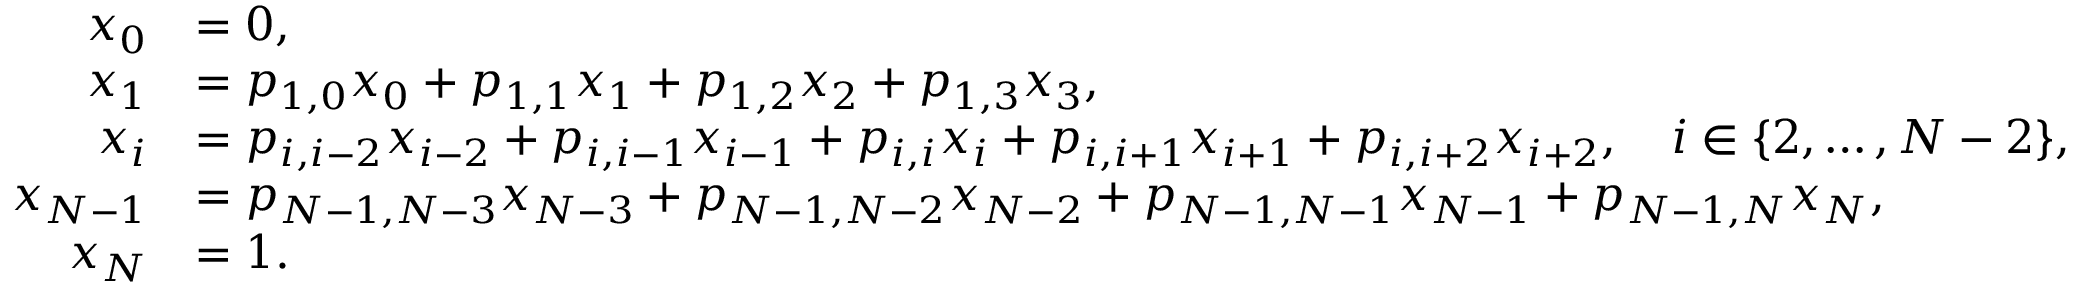
\begin{array} { r l } { x _ { 0 } } & { = 0 , } \\ { x _ { 1 } } & { = p _ { 1 , 0 } x _ { 0 } + p _ { 1 , 1 } x _ { 1 } + p _ { 1 , 2 } x _ { 2 } + p _ { 1 , 3 } x _ { 3 } , } \\ { x _ { i } } & { = p _ { i , i - 2 } x _ { i - 2 } + p _ { i , i - 1 } x _ { i - 1 } + p _ { i , i } x _ { i } + p _ { i , i + 1 } x _ { i + 1 } + p _ { i , i + 2 } x _ { i + 2 } , \quad i \in \{ 2 , \ldots , N - 2 \} , } \\ { x _ { N - 1 } } & { = p _ { N - 1 , N - 3 } x _ { N - 3 } + p _ { N - 1 , N - 2 } x _ { N - 2 } + p _ { N - 1 , N - 1 } x _ { N - 1 } + p _ { N - 1 , N } x _ { N } , } \\ { x _ { N } } & { = 1 . } \end{array}